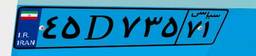
۴۵D۷۳۵۷۱